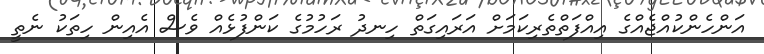
އަންހެންކުއްޖެއްގެ އިއްފަތްތެރިކަމަށް އަރައިގަތް ހިނދު ރަހުމުގެ ކަންފުޅެއް ވެސް އެއިން ހިތަކު ނެތީ